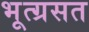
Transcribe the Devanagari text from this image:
भूत्ग्रसत